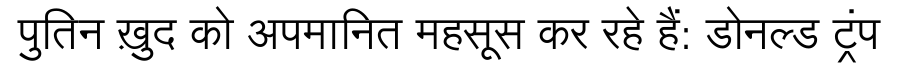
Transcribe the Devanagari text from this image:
पुतिन ख़ुद को अपमानित महसूस कर रहे हैं: डोनल्ड ट्रंप